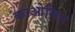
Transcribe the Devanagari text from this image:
काओलिन